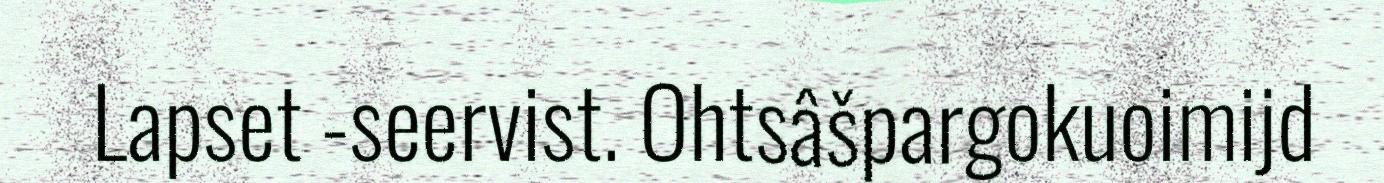
Lapset -seervist. Ohtsâšpargokuoimijd